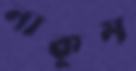
নাকুম